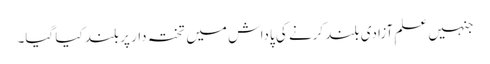
جنہیں علمِ آزادی بلند کرنے کی پاداش میں تختہ دار پر بلند کیا گیا۔